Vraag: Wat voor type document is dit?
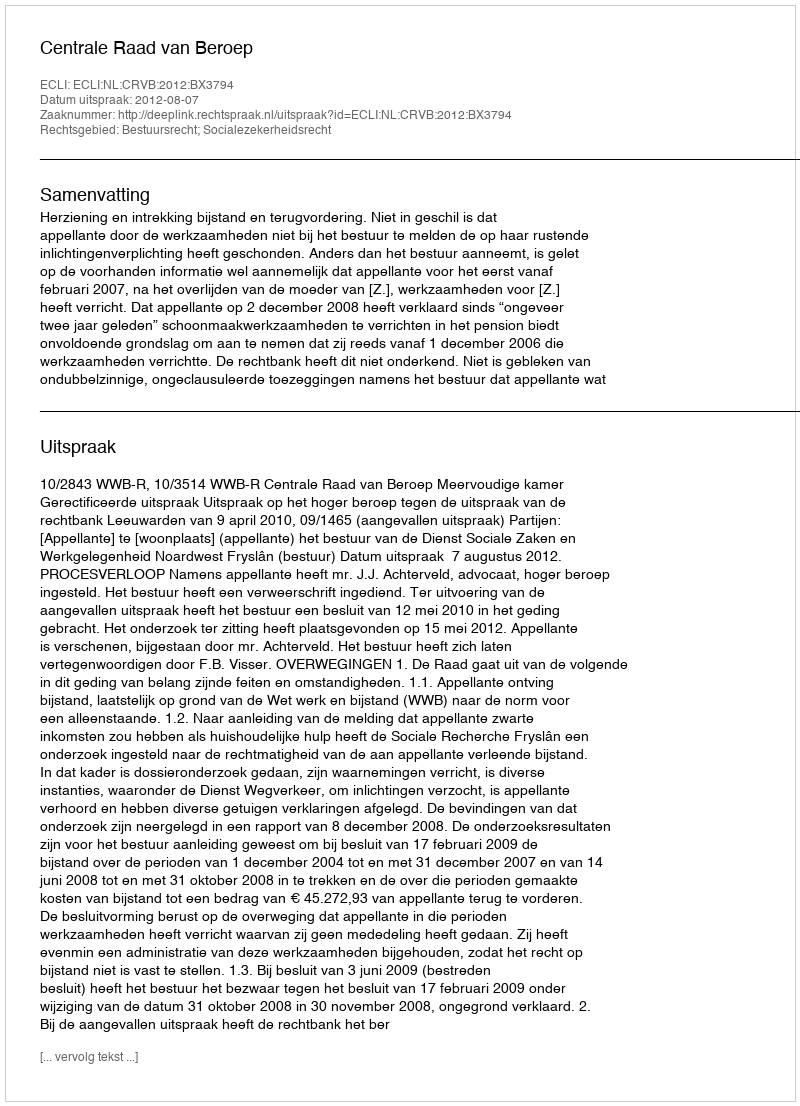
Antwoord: Uitspraak